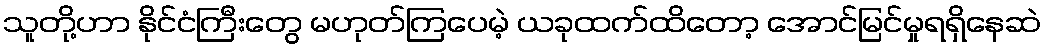
သူတို့ဟာ နိုင်ငံကြီးတွေ မဟုတ်ကြပေမဲ့ ယခုထက်ထိတော့ အောင်မြင်မှုရရှိနေဆဲ